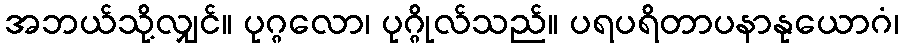
အဘယ်သို့လျှင်။ ပုဂ္ဂလော၊ ပုဂ္ဂိုလ်သည်။ ပရပရိတာပနာနုယောဂံ၊